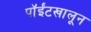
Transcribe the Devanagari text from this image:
पॉईंटखालून